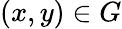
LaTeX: (x,y)\in G